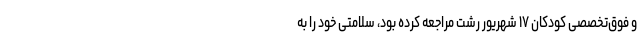
و فوق‌تخصصی کودکان ۱۷ شهریور رشت مراجعه کرده بود، سلامتی خود را به